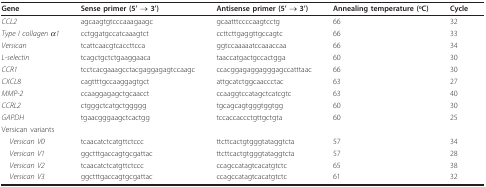
<table><thead><tr><td><b>Gene</b></td><td><b>Sense primer (5&#x27; → 3&#x27;)</b></td><td><b>Antisense primer (5&#x27; → 3&#x27;)</b></td><td><b>Annealing temperature (oC)</b></td><td><b>Cycle</b></td></tr></thead><tbody><tr><td><i>CCL2</i></td><td>agcaagtgtcccaaagaagc</td><td>gcaatttccccaagtcctg</td><td>66</td><td>32</td></tr><tr><td><i>Type I collagen α1</i></td><td>cctggatgccatcaaagtct</td><td>ccttcttgaggttgccagtc</td><td>66</td><td>33</td></tr><tr><td><i>Versican</i></td><td>tcattcaacgtcaccttcca</td><td>ggtccaaaaatccaaaccaa</td><td>66</td><td>34</td></tr><tr><td><i>L-selectin</i></td><td>tcagctgctctgaaggaaca</td><td>taaccatgactgccactgga</td><td>60</td><td>30</td></tr><tr><td><i>CCR1</i></td><td>tcctcacgaaagcctacgaggagagtccaagc</td><td>ccacggagaggagggagccatttaac</td><td>66</td><td>30</td></tr><tr><td><i>CXCL8</i></td><td>cagttttgccaaggagtgct</td><td>attgcatctggcaaccctac</td><td>63</td><td>27</td></tr><tr><td><i>MMP-2</i></td><td>ccaaggagagctgcaacct</td><td>ccaaggtccatagctcatcgtc</td><td>63</td><td>40</td></tr><tr><td><i>CCRL2</i></td><td>ctgggctcatgctggggg</td><td>tgcagcagtgggtggtgg</td><td>60</td><td>30</td></tr><tr><td><i>GAPDH</i></td><td>tgaacgggaagctcactgg</td><td>tccaccaccctgttgctgta</td><td>60</td><td>25</td></tr><tr><td>Versican variants</td><td></td><td></td><td></td><td></td></tr><tr><td><i>Versican V0</i></td><td>tcaacatctcatgttctccc</td><td>ttcttcactgtgggtataggtcta</td><td>57</td><td>34</td></tr><tr><td><i>Versican V1</i></td><td>ggctttgaccagtgcgattac</td><td>ttcttcactgtgggtataggtcta</td><td>57</td><td>28</td></tr><tr><td><i>Versican V2</i></td><td>tcaacatctcatgttctccc</td><td>ccagccatagtcacatgtctc</td><td>65</td><td>38</td></tr><tr><td><i>Versican V3</i></td><td>ggctttgaccagtgcgattac</td><td>ccagccatagtcacatgtctc</td><td>61</td><td>32</td></tr></tbody></table>